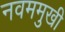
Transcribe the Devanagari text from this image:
नवममुखी